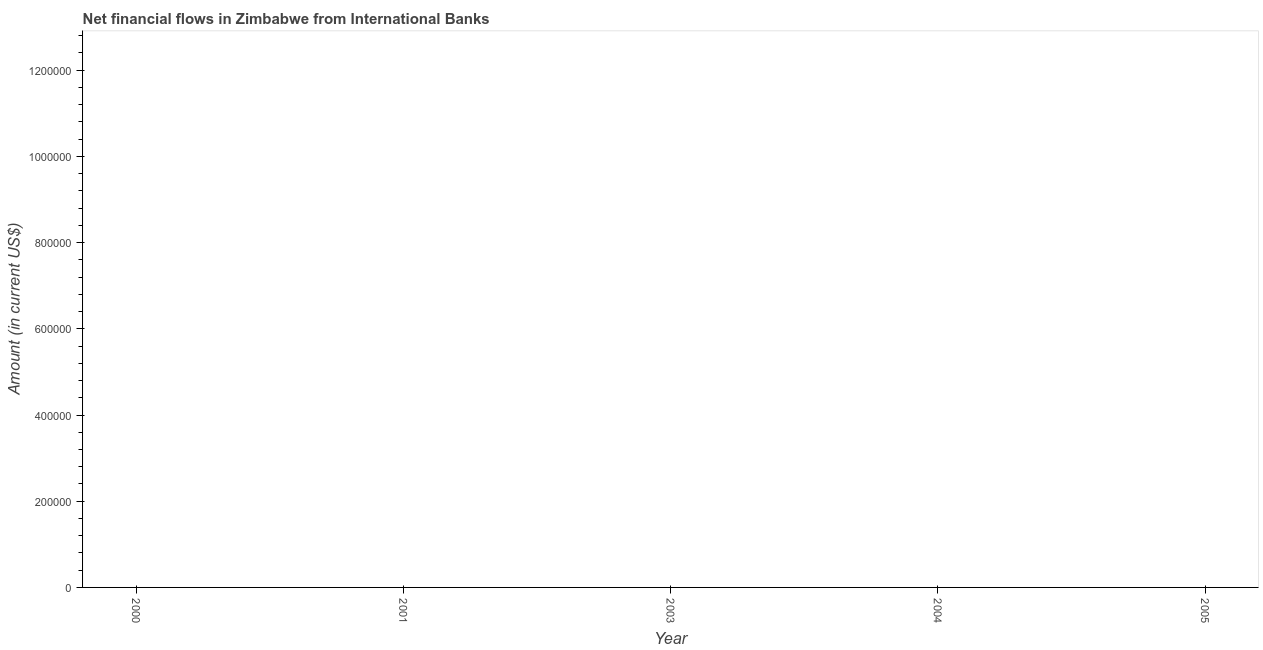
| Year | Net financial flows from IBRD |
 | --- | --- |
 | 2000 | -2.74e+07 |
 | 2001 | -1.09e+07 |
 | 2003 | -7.6e+04 |
 | 2004 | -1.69e+06 |
 | 2005 | -1.74e+06 |